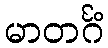
မာတင်္ဂံ